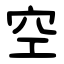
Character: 空